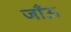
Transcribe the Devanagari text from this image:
जाँऊ